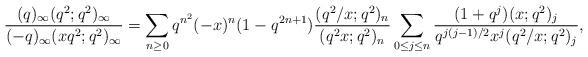
LaTeX: \begin{align*}\frac{(q)_{\infty}(q^2;q^2)_{\infty}}{(-q)_{\infty}(xq^2;q^2)_{\infty}}=\sum_{n\ge0}q^{n^2}(-x)^n(1-q^{2n+1})\frac{(q^2/x;q^2)_n}{(q^2x;q^2)_n}\sum_{0\le j\le n}\frac{(1+q^{j})(x;q^2)_j}{q^{j(j-1)/2}x^j(q^2/x;q^2)_j},\end{align*}